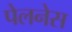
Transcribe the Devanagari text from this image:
पेलनेस